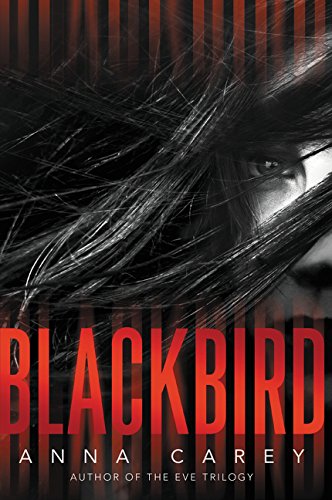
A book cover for Blackbird; Anna Carey; Teen & Young Adult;